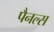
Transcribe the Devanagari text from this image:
पैनल्स